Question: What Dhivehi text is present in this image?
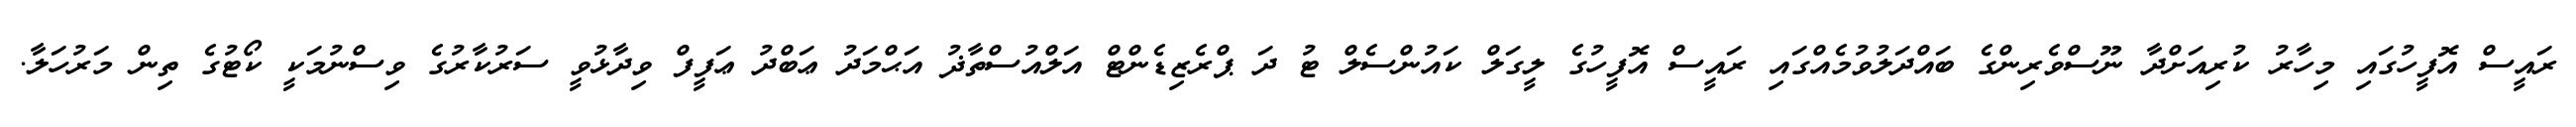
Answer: ރައީސް އޮފީހުގައި މިހާރު ކުރިއަށްދާ ނޫސްވެރިންގެ ބައްދަލުވުމެއްގައި ރައީސް އޮފީހުގެ ލީގަލް ކައުންސެލް ޓު ދަ ޕްރެޒިޑެންޓް އަލްއުސްތާޛު އަޙްމަދު ޢަބްދު ޢަފީފް ވިދާޅުވީ ސަރުކާރުގެ ވިސްނުމަކީ ކޯޓުގެ ތިން މަރުހަލާ.